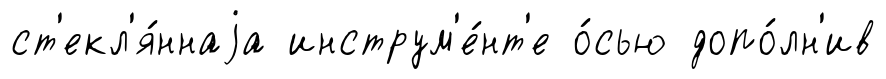
ст'екл'я́ннаjа инструм'е́нт'е о́сью допо́лн'ив